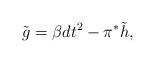
LaTeX: \begin{align*}\tilde g= \beta dt^2 - \pi^*\tilde h, \end{align*}